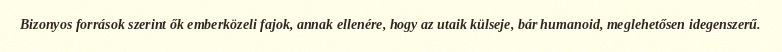
Bizonyos források szerint ők emberközeli fajok, annak ellenére, hogy az utaik külseje, bár humanoid, meglehetősen idegenszerű.